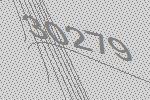
30279